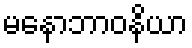
မနောဘာဝနိယာ